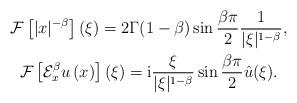
LaTeX: \begin{gather*}\mathcal{F}\left[ |x|^{-\beta }\right] (\xi )=2\Gamma (1-\beta )\sin \frac{\beta \pi }{2}\frac{1}{|\xi |^{1-\beta }}, \\\mathcal{F}\left[ \mathcal{E}_{x}^{\beta }u\left( x\right) \right] (\xi )=\mathrm{i}\frac{\xi }{|\xi |^{1-\beta }}\sin \frac{\beta \pi }{2}\hat{u}(\xi).\end{gather*}